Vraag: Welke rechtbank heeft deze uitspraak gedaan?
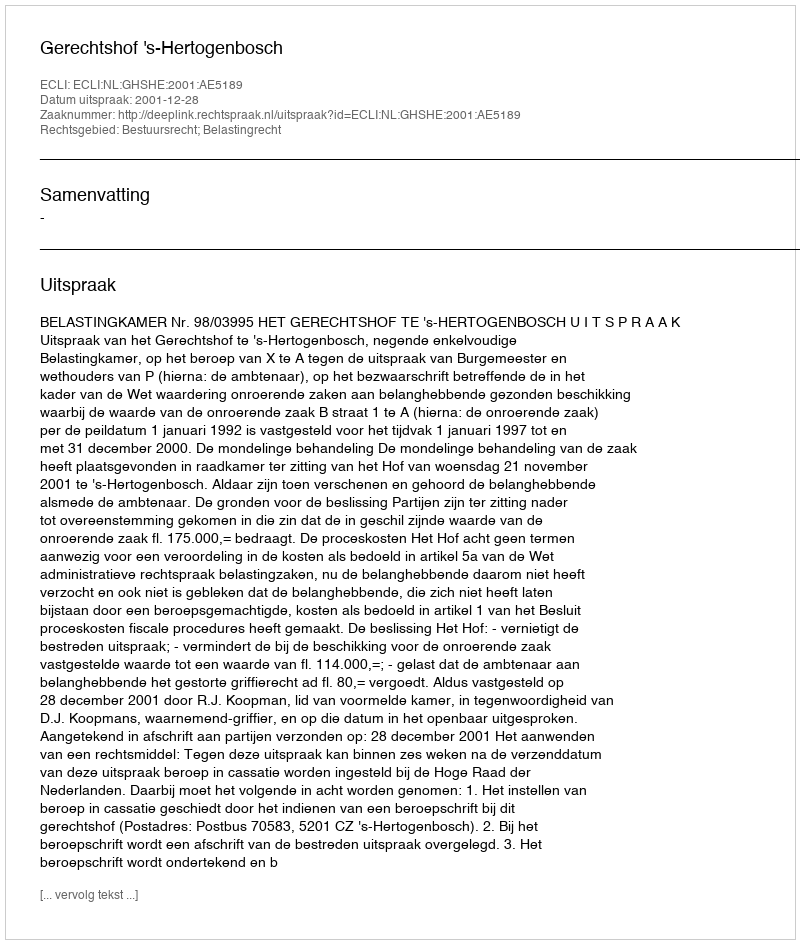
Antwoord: Gerechtshof 's-Hertogenbosch